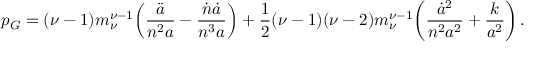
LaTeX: p _ { G } = ( \nu - 1 ) m _ { \nu } ^ { \nu - 1 } \! \left( \frac { \ddot { a } } { n ^ { 2 } a } - \frac { \dot { n } \dot { a } } { n ^ { 3 } a } \right) + \frac { 1 } { 2 } ( \nu - 1 ) ( \nu - 2 ) m _ { \nu } ^ { \nu - 1 } \! \left( \frac { \dot { a } ^ { 2 } } { n ^ { 2 } a ^ { 2 } } + \frac { k } { a ^ { 2 } } \right) .